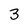
Character: 3